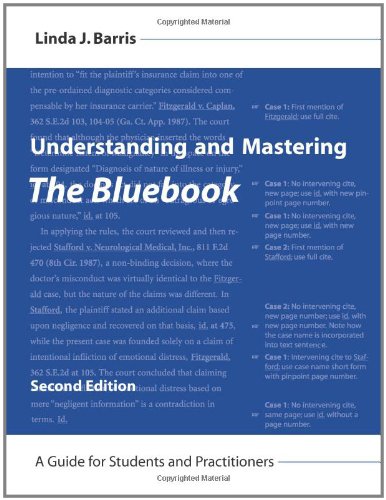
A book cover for Understanding and Mastering The Bluebook; A Guide for Students and Practitioners; Law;